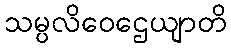
သမ္ပလိဝေဌေယျာတိ